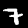
Label: 7